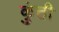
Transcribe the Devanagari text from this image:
कुुंती